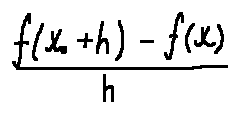
\frac { f ( x _ { 0 } + h ) - f ( x ) } { h }